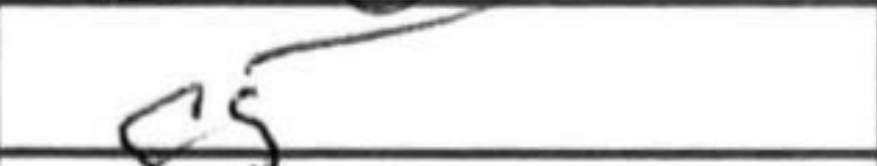
Transcription: c5